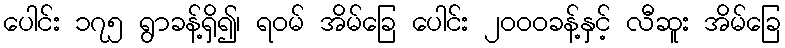
ပေါင်း ၁၇၅ ရွာခန့်ရှိ၍၊ ရဝမ် အိမ်ခြေ ပေါင်း ၂၀၀၀ခန့်နှင့် လီဆူး အိမ်ခြေ